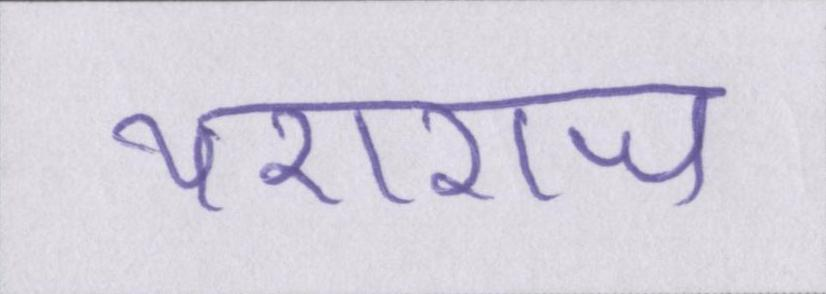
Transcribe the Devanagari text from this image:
यशराज